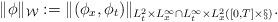
LaTeX: \begin{align*} \|\phi\|_{\mathcal{W}}:= \|(\phi_{x}, \phi_{t})\|_{L^2_t\times L^{\infty}_x\cap L^{\infty}_t\times L^{2}_x([0, T]\times \S)}.\end{align*}